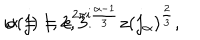
w ( j ) = e ^ { 2 \pi i \frac { \alpha - 1 } { 3 } } z ( j _ { \alpha } ) ^ { \frac { 2 } { 3 } } , \hspace { 0 . 2 i n } \hspace { 0 . 1 i n } \alpha = 1 , 2 , 3 .